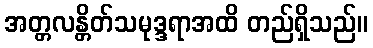
အတ္တလန္တိတ်သမုဒ္ဒရာအထိ တည်ရှိသည်။